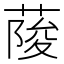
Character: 𦶬